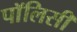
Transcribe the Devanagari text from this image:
पाॅलिसी